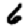
Digit: 6